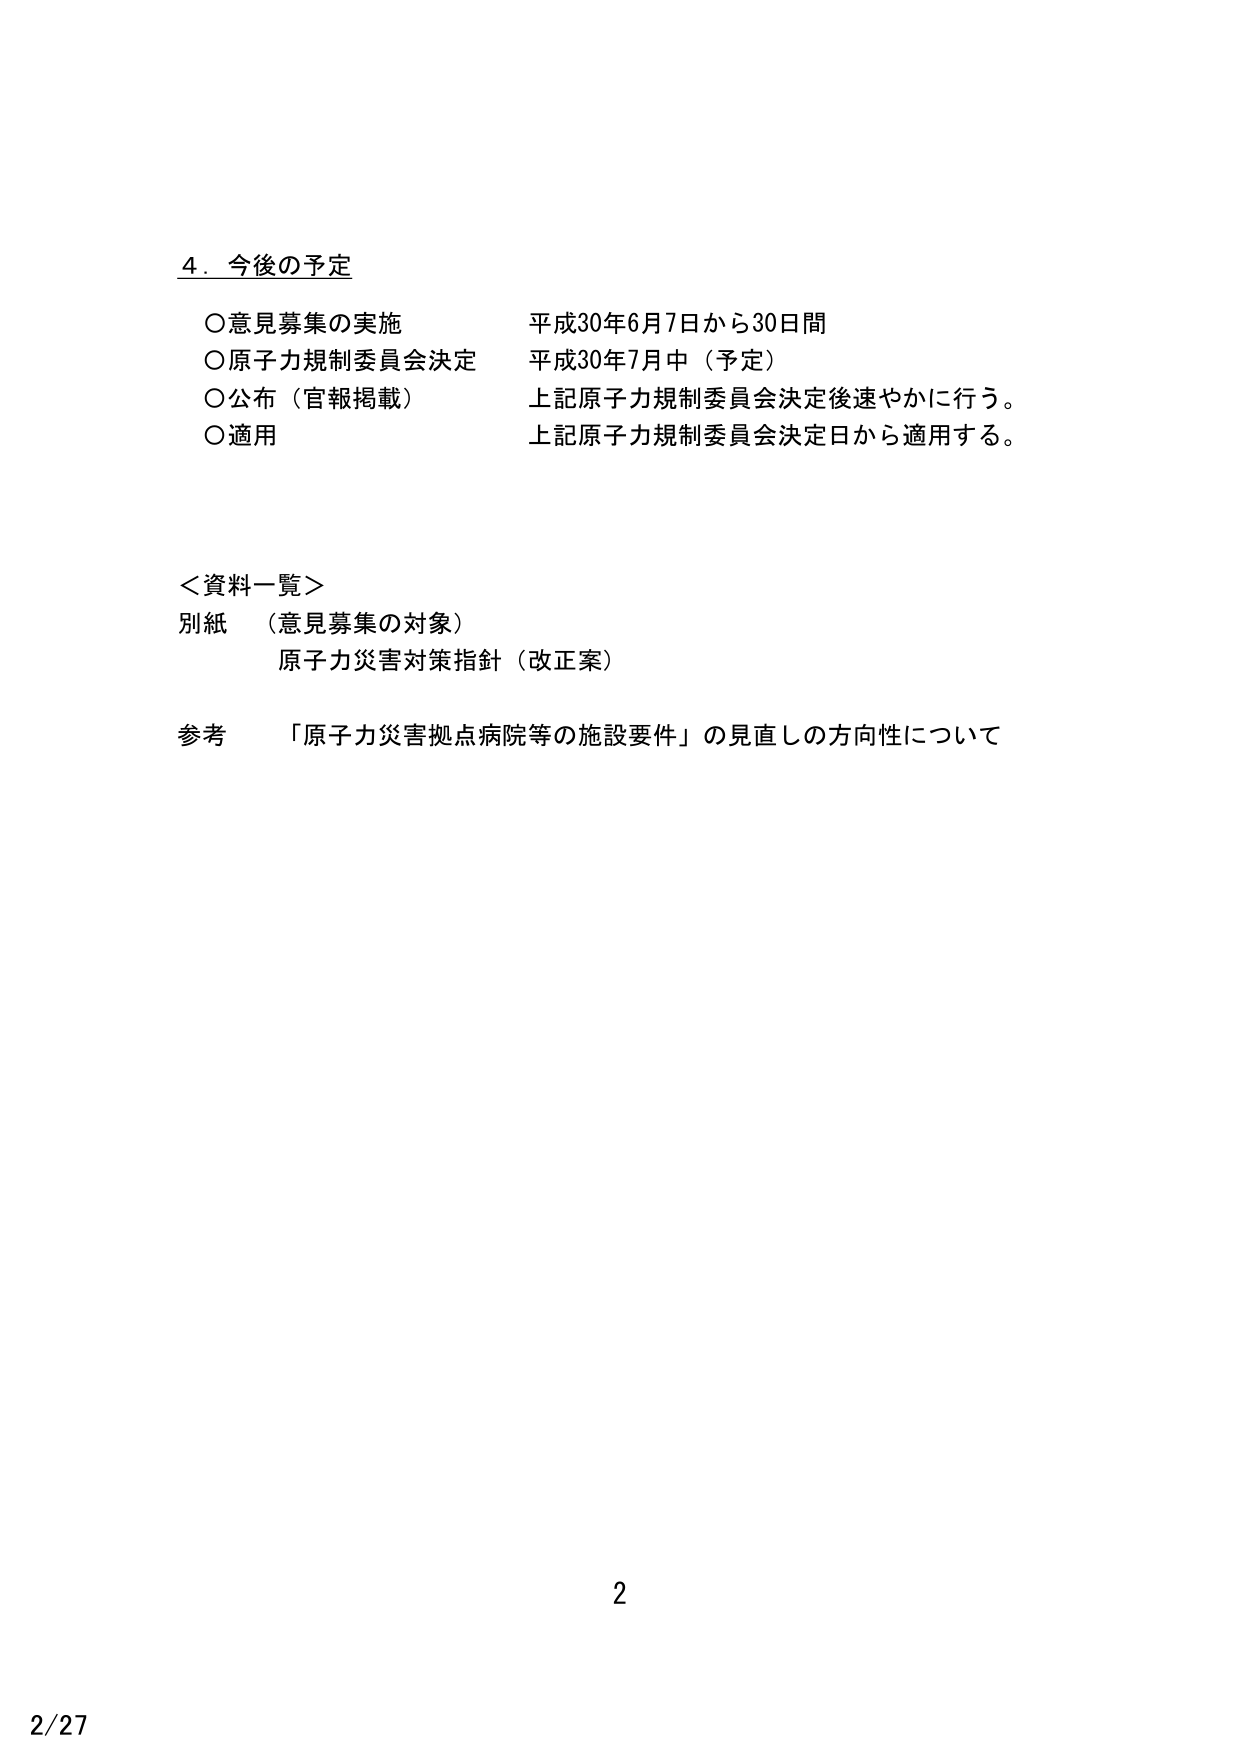
4. 今後の予定
○意見募集の実施 平成30年6月7日から30日間
○原子力規制委員会決定 平成30年7月中（予定）
○公布（官報掲載） 上記原子力規制委員会決定後速やかに行う。
○適用 上記原子力規制委員会決定日から適用する。

＜資料一覧＞
別紙 （意見募集の対象）
原子力災害対策指針（改正案）

参考 「原子力災害拠点病院等の施設要件」の見直しの方向性について

2
2/27